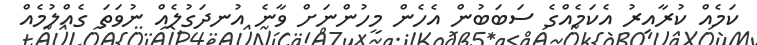
ކަމެއް ކުރާއިރު އެކަމެއްގެ ސަބަބުން އެހެން މީހުންނަށް ވާނެ އުނދަގުލެއް ނުވަތަ ގެއްލުމެއް